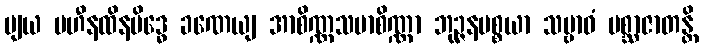
ဗျယ ပဟီနထိနမိဒ္ဓေ ခဏေယျ အာစိဏ္ဏသမာစိဏ္ဏာ ဘုဉ္ဇနပစ္စယာ သမ္ဗာဓံ ပစ္ဆာဇာတန္တိ